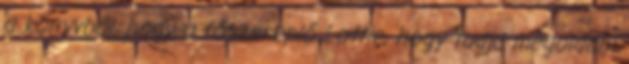
a könyvből, hogy a főszereplő Lottie, hogy tudja megoldani